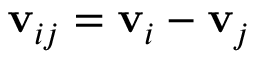
\mathbf { v } _ { i j } = \mathbf { v } _ { i } - \mathbf { v } _ { j }